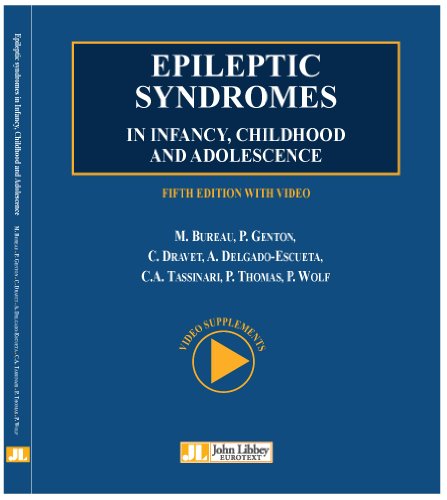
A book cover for Epileptic syndromes in infancy, childhood and adolescence - With Videos (English and French Edition); Michelle Bureau; Health, Fitness & Dieting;